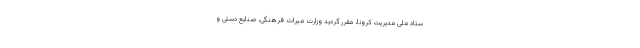
ستاد ملی مدیریت کرونا، مقرر گردید وزارت میراث فرهنگی، صنایع دستی و